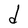
Character: d